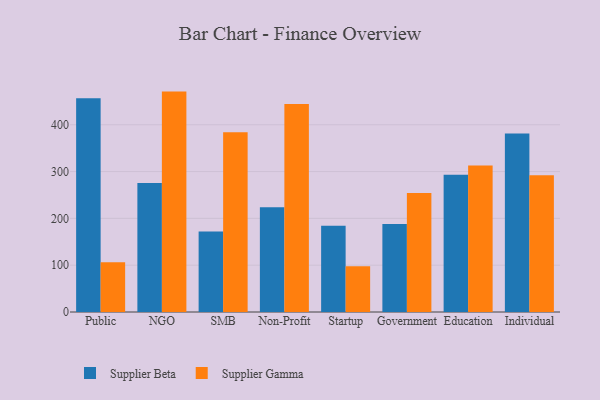
{"axis": {"x": "Segment", "y": "Backlog"}, "legend": ["Supplier Beta", "Supplier Gamma"], "data": [{"x": "Public", "y": 456.8, "type": "Supplier Beta"}, {"x": "Public", "y": 106.4, "type": "Supplier Gamma"}, {"x": "NGO", "y": 275.3, "type": "Supplier Beta"}, {"x": "NGO", "y": 470.8, "type": "Supplier Gamma"}, {"x": "SMB", "y": 172.0, "type": "Supplier Beta"}, {"x": "SMB", "y": 384.0, "type": "Supplier Gamma"}, {"x": "Non-Profit", "y": 223.5, "type": "Supplier Beta"}, {"x": "Non-Profit", "y": 444.2, "type": "Supplier Gamma"}, {"x": "Startup", "y": 184.2, "type": "Supplier Beta"}, {"x": "Startup", "y": 97.8, "type": "Supplier Gamma"}, {"x": "Government", "y": 187.9, "type": "Supplier Beta"}, {"x": "Government", "y": 254.3, "type": "Supplier Gamma"}, {"x": "Education", "y": 293.2, "type": "Supplier Beta"}, {"x": "Education", "y": 313.1, "type": "Supplier Gamma"}, {"x": "Individual", "y": 381.5, "type": "Supplier Beta"}, {"x": "Individual", "y": 292.2, "type": "Supplier Gamma"}]}